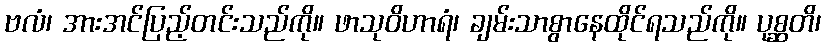
ဗလံ၊ အားအင်ပြည့်တင်းသည်ကို။ ဖာသုဝိဟာရံ၊ ချမ်းသာစွာနေထိုင်ရသည်ကို။ ပုစ္ဆတိ၊